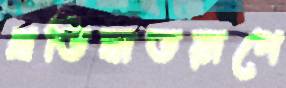
প্রতিঘাতরূপে